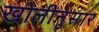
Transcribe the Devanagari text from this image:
खोलीनुसार